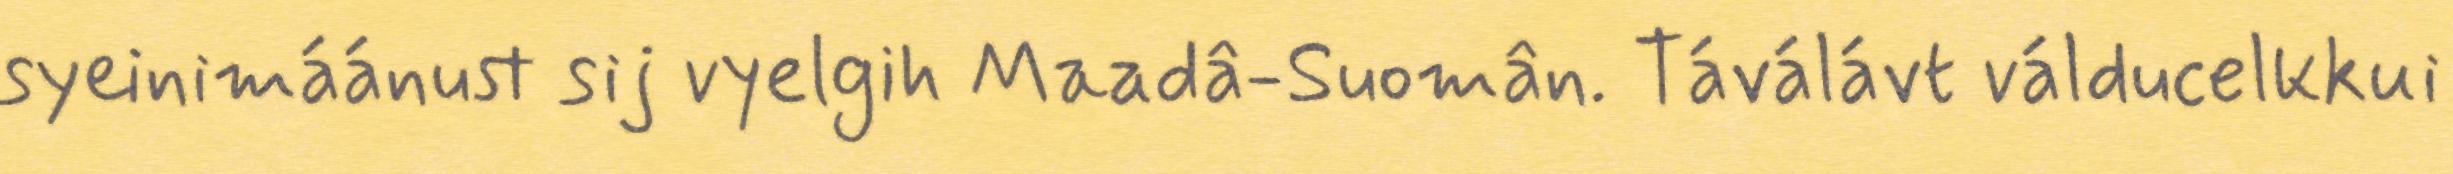
syeinimáánust sij vyelgih Maadâ-Suomân. Táválávt válducelkkui